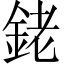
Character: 銠